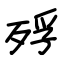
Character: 殍